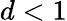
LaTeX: d<1